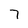
Character: 7